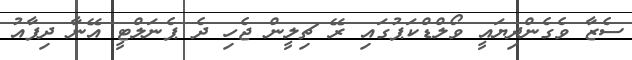
ސެޒާ ވެގެންދިޔައީ ވޯލްޑްކަޕުގައި ރޭ ޗިލީން ޖެހި ދެ ޕެނަލްޓީ އޭނާ ދިފާއު